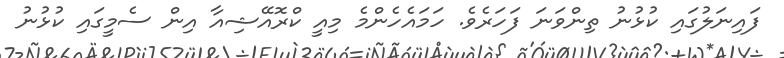
ފައިނަލުގައި ކުޅުނު ތިންވަނަ ފަހަރެވެ. ހަމައެހެންމެ މިއީ ކްރޮއޭޝިއާ އިން ސެމީގައި ކުޅުނު